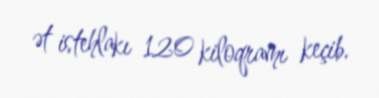
ət istehlakı 120 kiloqramı keçib.